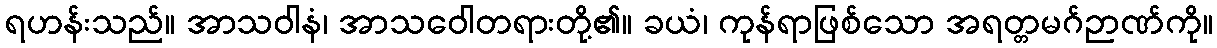
ရဟန်းသည်။ အာသဝါနံ၊ အာသဝေါတရားတို့၏။ ခယံ၊ ကုန်ရာဖြစ်သော အရတ္တမဂ်ဉာဏ်ကို။